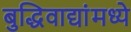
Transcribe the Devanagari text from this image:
बुद्धिवाद्यांंमध्ये